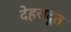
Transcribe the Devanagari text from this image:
देहरादूत